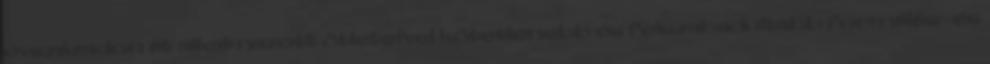
évszázadon át alkalmazott ötleteivel kötetlenebb és felszabadultabb formálás- és